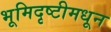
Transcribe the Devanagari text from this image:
भूमिदृष्टीमधून